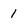
Character: 1